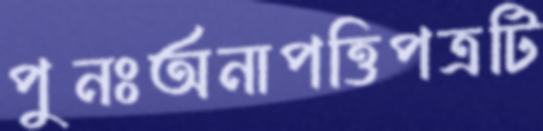
পুনঃঅনাপত্তিপত্রটি